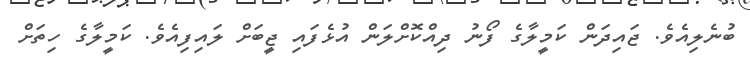
ބުނެލިއެވެ. ޖައިދަން ކަމީލާގެ ފޯނު ދިއްކޮށްލަން އުޅެފައި ޖީބަށް ލައިފިއެވެ. ކަމީލާގެ ހިތަށް